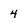
Character: 4